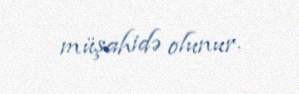
müşahidə olunur.